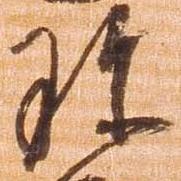
珍